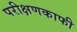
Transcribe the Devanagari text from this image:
परीक्षणकाफी